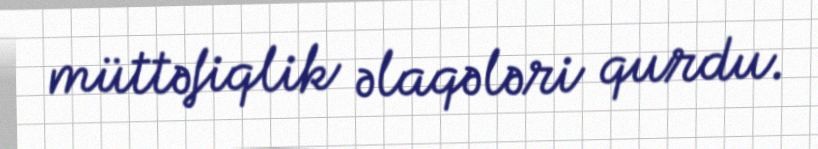
müttəfiqlik əlaqələri qurdu.